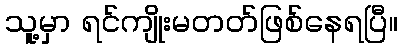
သူ့မှာ ရင်ကျိုးမတတ်ဖြစ်နေရပြီ။